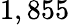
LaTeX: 1,855